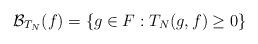
LaTeX: \begin{align*}\mathcal{B}_{T_N}(f)=\{g\in F : T_N(g,f)\ge 0\}\end{align*}